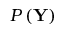
P \left( \mathbf { Y } \right)